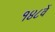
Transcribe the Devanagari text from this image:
१४८वें